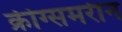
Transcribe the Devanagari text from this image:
क्रीग्समरीन